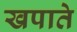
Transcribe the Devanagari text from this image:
खपाते